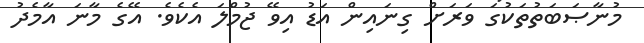
މުނާޞަބަތުތަކުގަ ވަރަށް ގިނައިން އަޑު އިވޭ ޖުމްލަ އެކެވެ. އޭގެ މާނަ އާމެދު